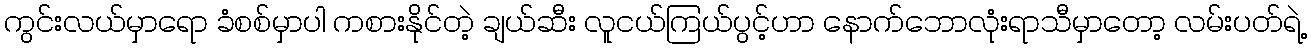
ကွင်းလယ်မှာရော ခံစစ်မှာပါ ကစားနိုင်တဲ့ ချယ်ဆီး လူငယ်ကြယ်ပွင့်ဟာ နောက်ဘောလုံးရာသီမှာတော့ လမ်းပတ်ရဲ့